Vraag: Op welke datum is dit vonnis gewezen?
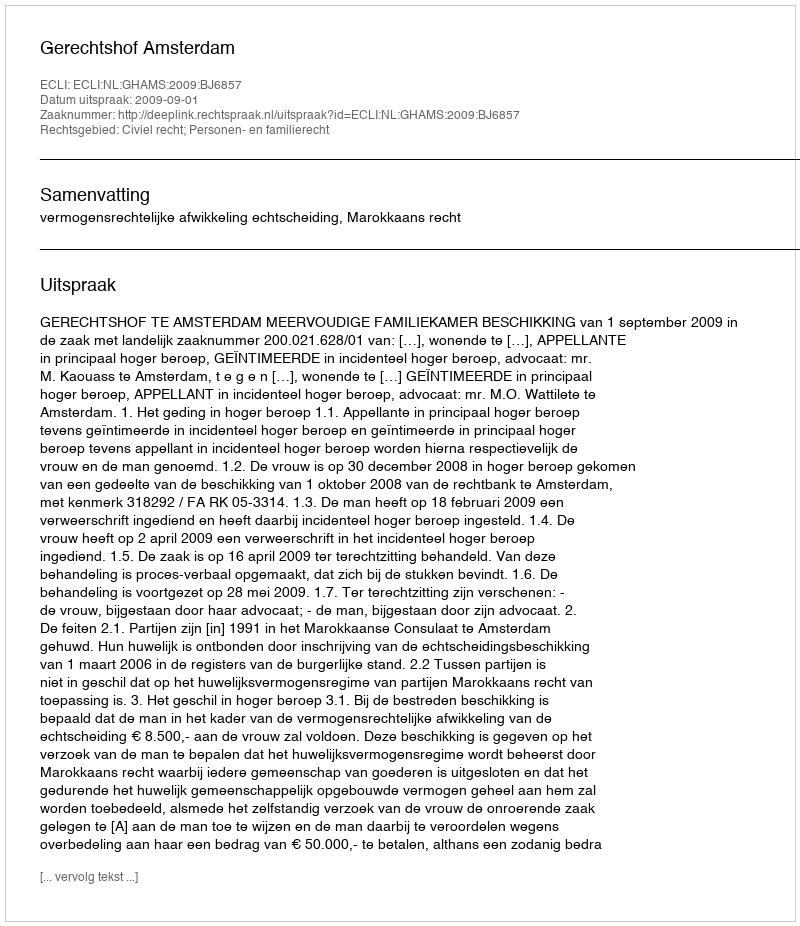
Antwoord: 2009-09-01